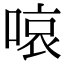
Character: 㗒